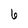
Character: 6